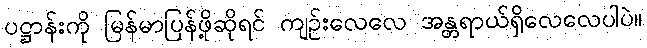
ပဋ္ဌာန်းကို မြန်မာပြန်ဖို့ဆိုရင် ကျဉ်းလေလေ အန္တရာယ်ရှိလေလေပါပဲ။